Civil Veterinary Dept. Bombay admin report 1923-31 - 1923-1931
Year: 1923
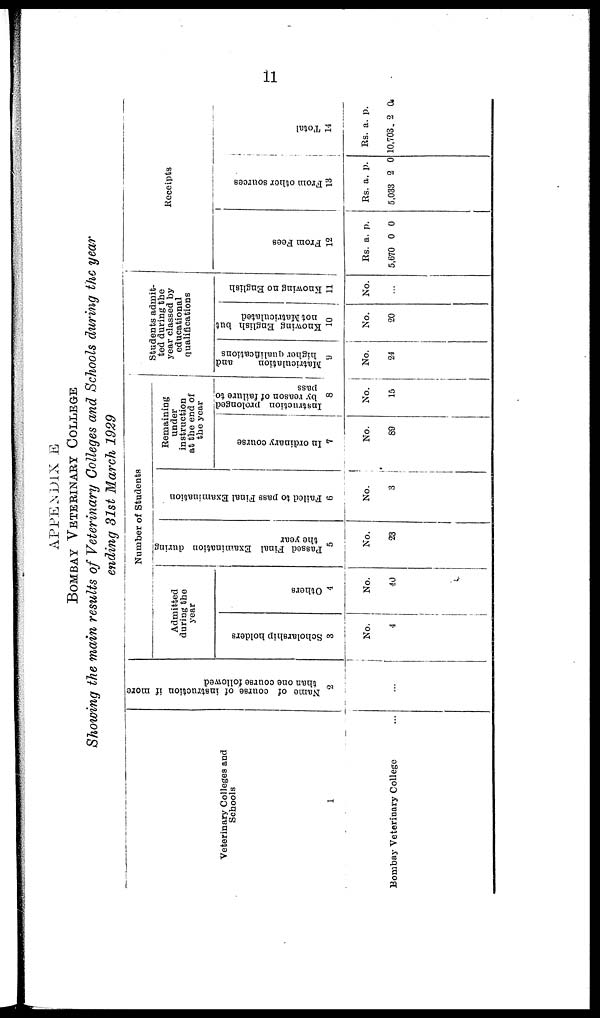
11
APPENDIX B
BOMBAY VETERINARY COLLEGE
Showing the main results of Veterinary Colleges and Schools during the year
ending 31st March 1929
Veterinary Colleges and
Schools
1
Bombay Veterinary College ...
Name of course of instruction if more
than one course followed
2
...
Number of Students
Admitted
during the
year
Scholarship holders
3
No.
4
Others
4
No.
40
Passed Final Examination during
the year
5
No.
23
Failed to pass Final Examination
6
No.
3
Remaining
under
instruction
at the end of
the year
In ordinary course
7
No.
89
Instruction prolonged
by reason of failure to
pass
8
No.
15
Students admit-
ted during the
year classed by
educational
qualifications
Matriculation
and
higher qualifications
9
No.
24
Knowing English but
not Matriculated
10
No.
20
Knowing no English
11
No.
...
Receipt.
From Fees
12
Rs.
5,670
a.
0
p.
0
From other sources
13
Rs.
5,033
a.
2
p.
0
Tot al
14
Rs.
10,703
a.
2
p.
0